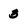
Character: 3